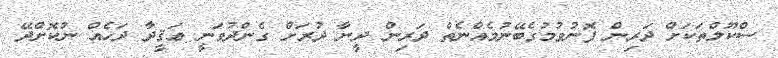
ސްކޫލްތަކަށް ދަރިން ފޮނުވުމުގެބޭނުމެއްނެތް ދަރިން ދީނާ ދުރަށް ގެންދުވަނީ ޢަޤީދާ ދަހެއް ނުކޮށްދޭ